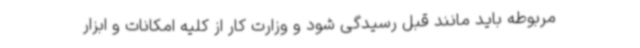
مربوطه باید مانند قبل رسیدگی شود و وزارت کار از کلیه امکانات و ابزار